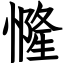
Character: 㦕